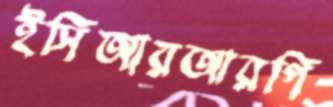
ইসিআরআরপি